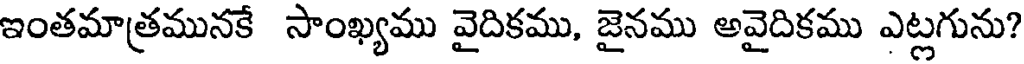
ఇంతమాత్రమునకే సాంఖ్యము వైదికము, జైనము అవైదికము ఎట్లగును?